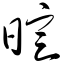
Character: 暄